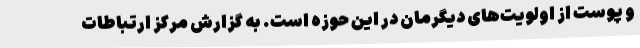
و پوست از اولویت‌های دیگرمان در این حوزه است. به گزارش مرکز ارتباطات